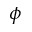
\phi